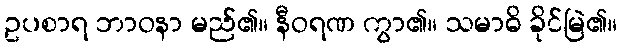
ဥပစာရ ဘာဝနာ မည်၏။ နီဝရဏ ကွာ၏။ သမာဓိ ခိုင်မြဲ၏။